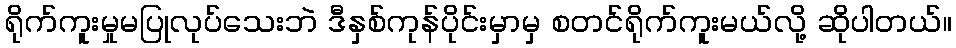
ရိုက်ကူးမှုမပြုလုပ်သေးဘဲ ဒီနှစ်ကုန်ပိုင်းမှာမှ စတင်ရိုက်ကူးမယ်လို့ ဆိုပါတယ်။